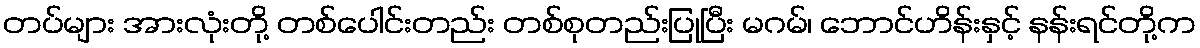
တပ်များ အားလုံးတို့ တစ်ပေါင်းတည်း တစ်စုတည်းပြုပြီး မဂမ်၊ ဘောင်ဟိန်းနှင့် နန်းရင်တို့က